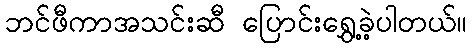
ဘင်ဖီကာအသင်းဆီ ပြောင်းရွှေ့ခဲ့ပါတယ်။